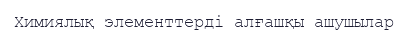
Химиялық элементтерді алғашқы ашушылар